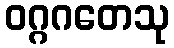
ဝဂ္ဂဂတေသု